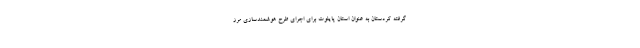
گرفته کردستان به عنوان استان پایلوت برای اجرای طرح هوشمندسازی مرز